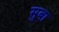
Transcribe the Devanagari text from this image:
सुबा